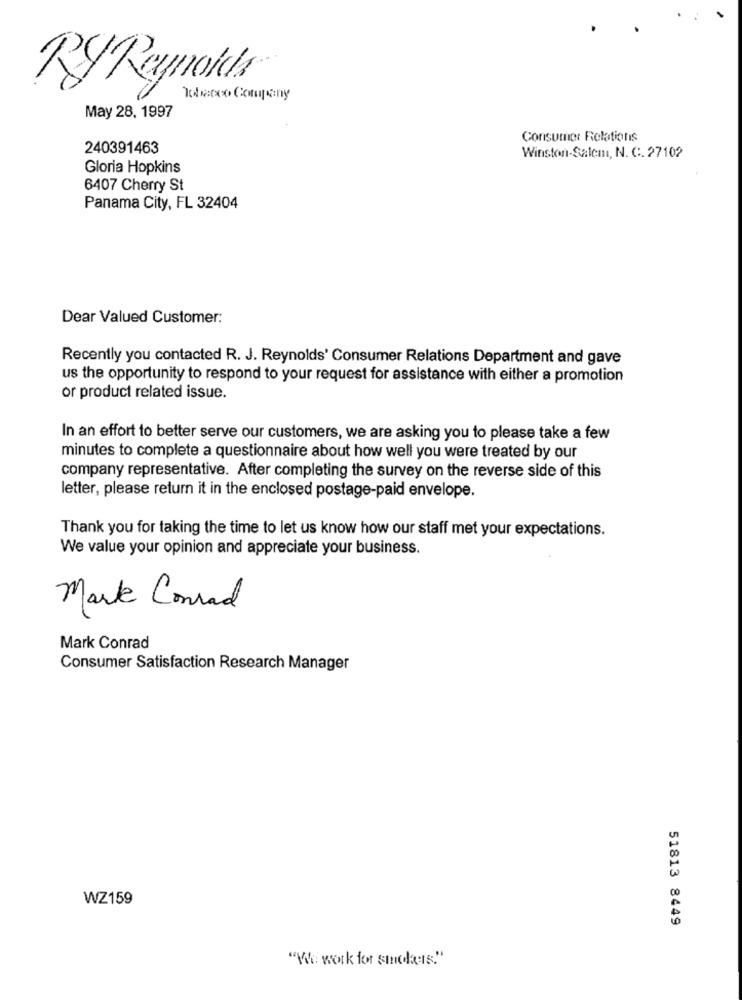
RyReymatchs
Tobeto Company
May 28, 1997
Consumer Relations
240391463
Winston-Salem, N. C. 27102
Gloria Hopkins
6407 Cherry St
Panama City, FL 32404
Dear Valued Customer:
Recently you contacted R. J. Reynolds' Consumer Relations Department and gave
us the opportunity to respond to your request for assistance with either a promotion
or product related issue.
In an effort to better serve our customers, we are asking you to please take a few
minutes to complete a questionnaire about how well you were treated by our
company representative. After completing the survey on the reverse side of this
letter, please return it in the enclosed postage-paid envelope.
Thank you for taking the time to let us know how our staff met your expectations.
We value your opinion and appreciate your business.
Mark Conrad
Mark Conrad
Consumer Satisfaction Research Manager
WZ159
51813 8449
"We work for smokers."